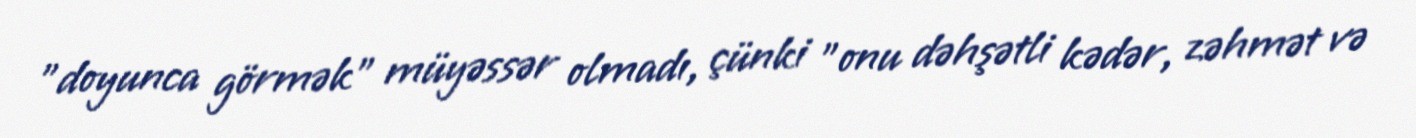
"doyunca görmək" müyəssər olmadı, çünki "onu dəhşətli kədər, zəhmət və